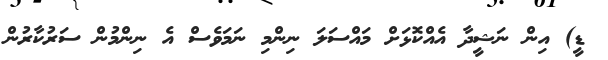
ޑީ) އިން ނަޝީދާ އެއްކޮޅަށް މައްސަލަ ނިންމި ނަމަވެސް އެ ނިންމުން ސަރުކާރުން